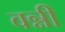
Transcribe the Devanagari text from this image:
वन्नी